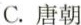
C.唐朝